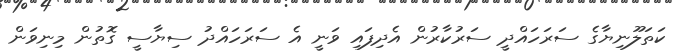
ކަތަލޫނިޔާގެ ސަރަހައްދީ ސަރުކާރުން އެދިފައި ވަނީ އެ ސަރަހައްދު ސިޔާސީ ގޮތުން މިނިވަން